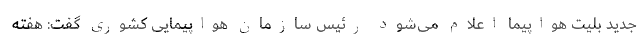
جدید بلیت هواپیما اعلام می‌شود رئیس سازمان هواپیمایی کشوری گفت: هفته